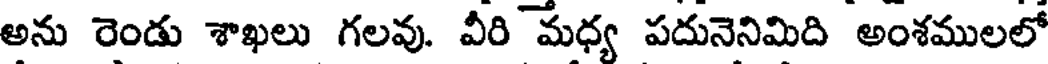
అను రెండు శాఖలు గలవు. వీరి మధ్య పదునెనిమిది అంశములలో